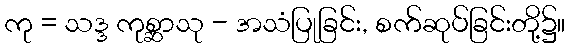
ကု = သဒ္ဒ ကုစ္ဆာသု - အသံပြုခြင်း, စက်ဆုပ်ခြင်းတို့၌။